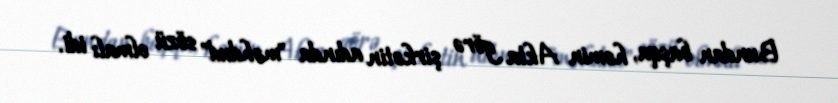
Bundan başqa, həmin Akta görə şirkətin adında "məhdud" sözü olmalı idi.